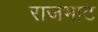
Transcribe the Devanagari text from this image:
राजभाट